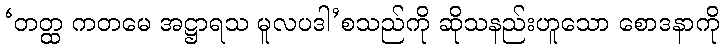
‘တတ္ထ ကတမေ အဋ္ဌာရသ မူလပဒါ’စသည်ကို ဆိုသနည်းဟူသော စောဒနာကို